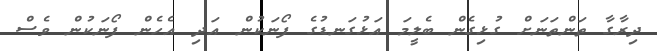
ދިރާގާ ތަންތަނަށް ގުޅިގެން ބެލީމަ އަޅުގަނޑުގެ ފޯނަކުން އަދި އެހެން ފޯނަކުން ވެސް